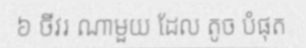
៦ ចីវរ ណាមួយ ដែល តូច បំផុត